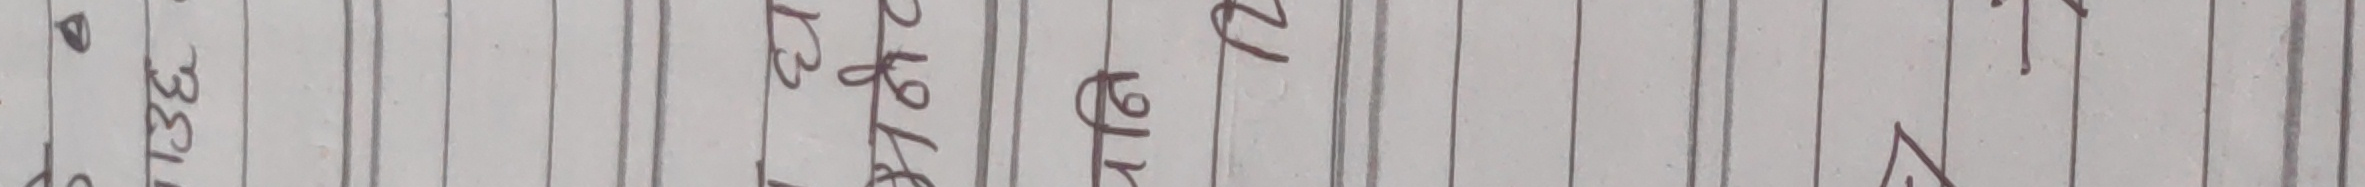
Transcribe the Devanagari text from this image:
१३३८ चैत्र २६ गते बुधबार ।